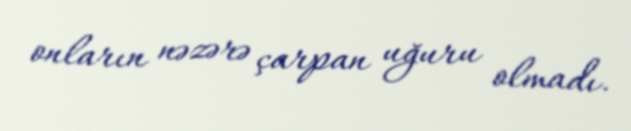
onların nəzərə çarpan uğuru olmadı.